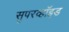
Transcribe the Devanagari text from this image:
सुपरव्हॉइड